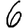
Digit: 6